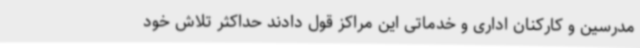
مدرسین و کارکنان اداری و خدماتی این مراکز قول دادند حداکثر تلاش خود